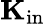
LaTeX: \mathbf{K}_{\mathrm{in}}